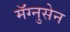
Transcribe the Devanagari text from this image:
मॅग्नुसेन